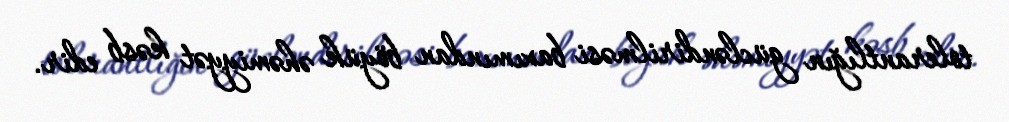
tolerantlığın gücləndirilməsi baxımından böyük əhəmiyyət kəsb edir.